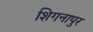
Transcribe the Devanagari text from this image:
शिगनापुर